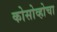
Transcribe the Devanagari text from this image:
कोसोव्होचा